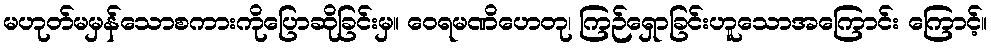
မဟုတ်မမှန်သောစကားကိုပြောဆိုခြင်းမှ။ ဝေရမဏိဟေတု၊ ကြဉ်ရှောခြင်းဟူသောအကြောင်း ကြောင့်။